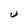
Character: U